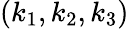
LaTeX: (k_{1},k_{2},k_{3})